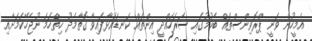
އެމީހުން ވަނީ ޕްރޮވިންސްތައް ބެހުމުގައި ސަރަހައްދީ އިންތައް ކަނޑައަޅާފައިވާ ގޮތާމެދު ހިތްހަމަ ނުޖެހޭކަމަށާއި